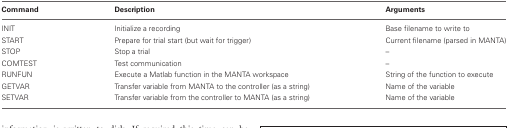
| Command | Description | Arguments |
 | --- | --- | --- |
 | INIT | Initialize a recording | Base filename to write to |
 | START | Prepare for trial start (but wait for trigger) | Current filename (parsed in MANTA) |
 | STOP | Stop a trial | – |
 | COMTEST | Test communication | – |
 | RUNFUN | Execute a Matlab function in the MANTA workspace | String of the function to execute |
 | GETVAR | Transfer variable from MANTA to the controller (as a string) | Name of the variable |
 | SETVAR | Transfer variable from the controller to MANTA (as a string) | Name of the variable |